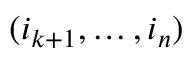
( i _ { k + 1 } , \ldots , i _ { n } )